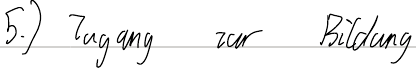
5.) Zugang zur Bildung